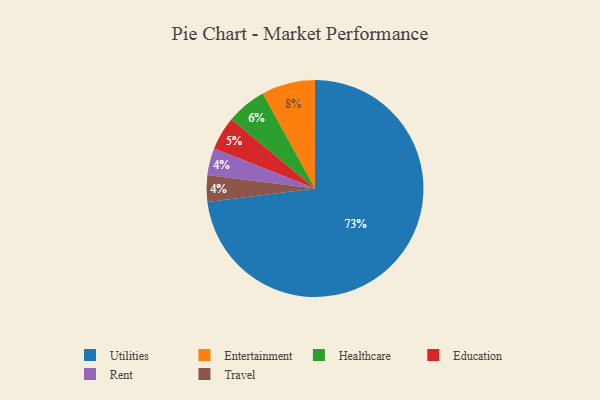
{"axis": {"x": "Category", "y": "Percentage"}, "legend": ["Education", "Entertainment", "Healthcare", "Rent", "Travel", "Utilities"], "data": [{"x": "Education", "y": 5, "type": "Education"}, {"x": "Healthcare", "y": 6, "type": "Healthcare"}, {"x": "Entertainment", "y": 8, "type": "Entertainment"}, {"x": "Rent", "y": 4, "type": "Rent"}, {"x": "Travel", "y": 4, "type": "Travel"}, {"x": "Utilities", "y": 73, "type": "Utilities"}]}